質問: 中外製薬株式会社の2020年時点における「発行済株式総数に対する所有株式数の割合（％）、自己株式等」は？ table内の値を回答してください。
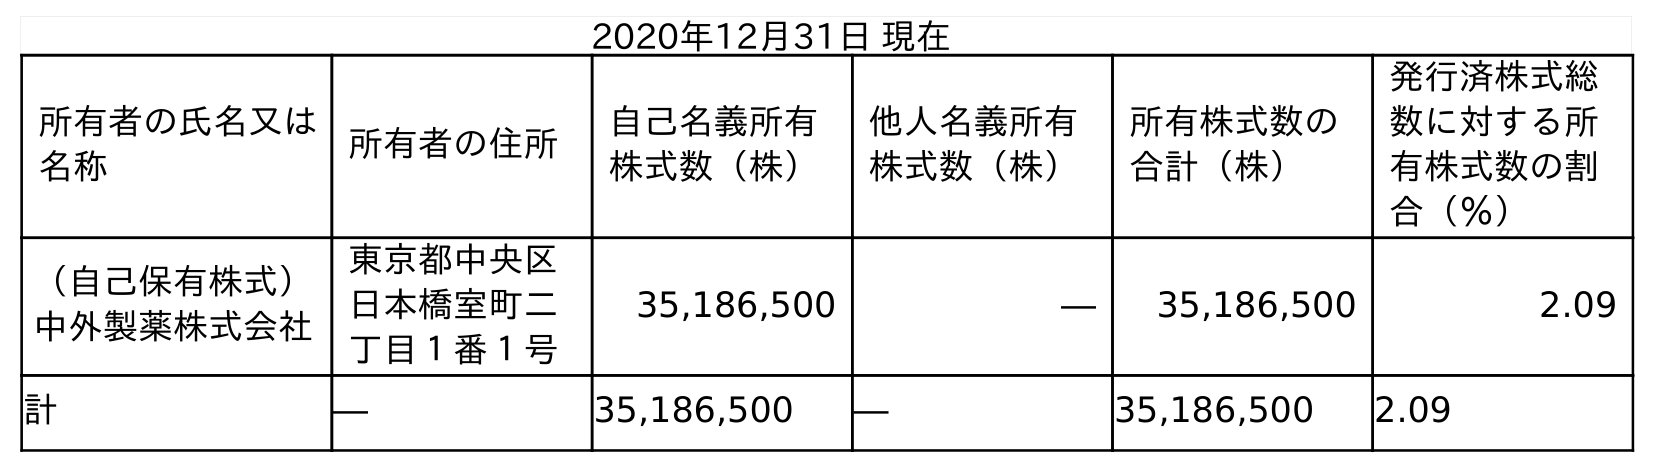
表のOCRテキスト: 2020年12月31日 現在 所有者の氏名又は 名称 所有者の住所 自己名義所有 株式数（株） 他人名義所有 株式数（株） 所有株式数の 合計（株） 発行済株式総 数に対する所 有株式数の割 合（％） （自己保有株式） 中外製薬株式会社 東京都中央区 日本橋室町二 丁目１番１号 35,186,500 ― 35,186,500 2.09 計 ― 35,186,500 ― 35,186,500 2.09
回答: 2.09